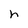
Character: h